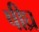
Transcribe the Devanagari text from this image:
षीघ्र